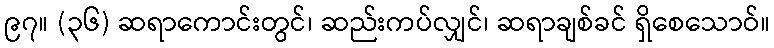
၉၇။ (၃၆) ဆရာကောင်းတွင်၊ ဆည်းကပ်လျှင်၊ ဆရာချစ်ခင် ရှိစေသောဝ်။